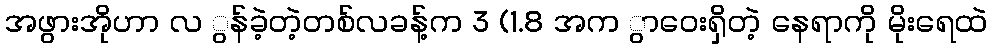
အဖွားအိုဟာ လ ွန်ခဲ့တဲ့တစ်လခန့်က 3 (1.8 အက ွာဝေးရှိတဲ့ နေရာကို မိုးရေထဲ